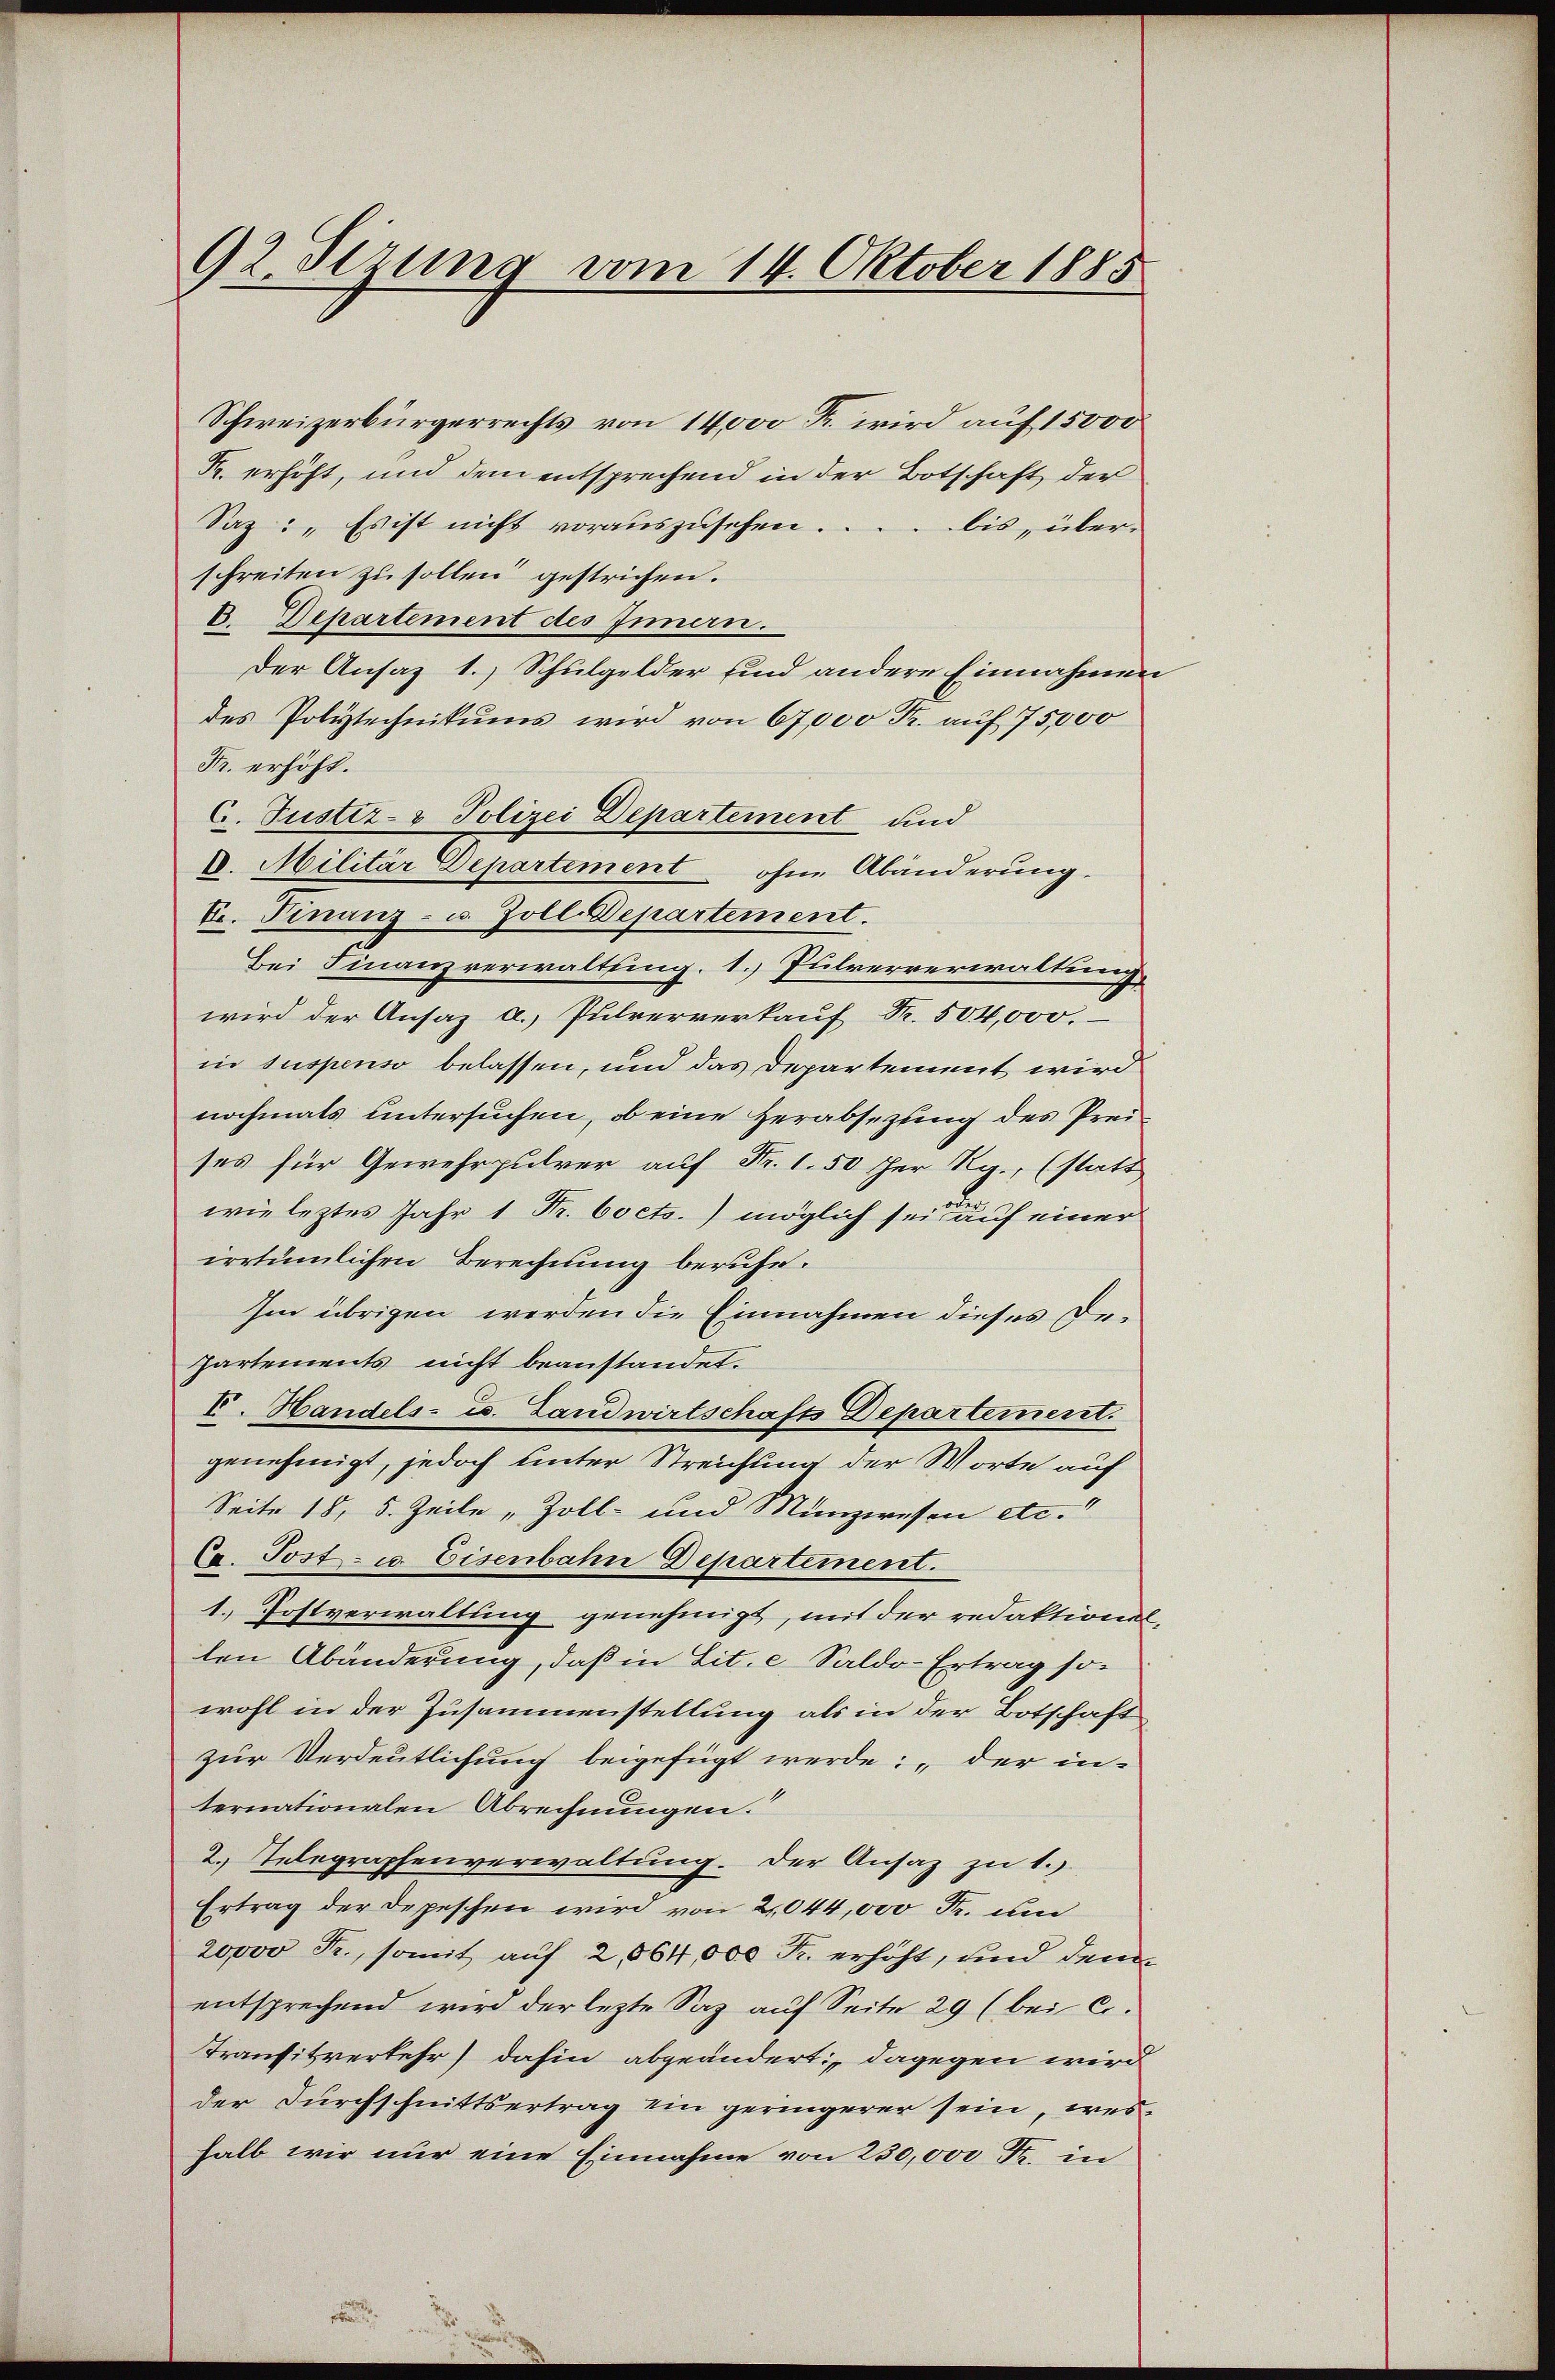
92 Sirung vom 14. Oktober 1885

Schweizerbürgerrechts von 14,000 Fr. wird auf 15000
K. erhöht, und dem entsprechend in der Botschaft der
Saz: „Es ist nicht vorauszusehen.
bis, über-
schreiten zu sollen gestrichen.
6. Departement des Innern.
Der Ansaz 1.) Schulgelder sind andere Einnahmen
des Polytechnikums wird von 67,000 Fr. auf 75,000
Fr. erhöht.
C. Justiz- & Polizei Departement und
C. Militär Departement ohne Abänderung.
k. Finanz- u. Zoll. Departement.
Bei Finanzverwaltung 1.) Pulververwaltung
wird der Ansaz a. Pulververkauf Fr. 504,000.
in suspenso belassen, und das Departement wird
nochmals untersuchen, ob eine Herabsetzung des Preises für Gewehrpulver auf Fr. 1.50 her Rg., (statt
wie leztes Jahr 1 Fr. bocts.) möglich sei auf einer
irrtümlichen Berechnung beruhe.
Im übrigen werden die Einnahmen dieses De¬
Partements nicht beanstandet.
V. Handels- u. Landwirtschafts Departement.
genehmigt, jedoch unter Streichung der Worte auf
Seite 18, 5. Zeile, Zoll- und Münzwesen etc.“
Cp. Post- u. Eisenbahn Departement.
1. Postverwaltung genehmigt, mit der redaktione
len Abänderung, daß in Lit. c Saldo-Ertrag so
wohl in der Zusammenstellung als in der Botschaft
zur Verdeutlichung beigefügt werde: „der in-
ternationalen Abrechnungen.“
2. Telegraphenverwaltung. Der Ansaz zu 1.)
Ertrag der Depeschen wird von 2,044,000 Fr. um
20000 Fr., somit auf 2, 564,000 Fr. erhöht, und dem
entsprechend wird der lezte Saz auf Seite 29 (bei c.
Transitverkehr dahin abgeändert: „dagegen wird
der Durchschnittsertrag ein geringerer sein, wes
halb wir nur eine Einnahme von 230,000 Fr. in